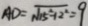
A D = \sqrt { 1 5 ^ { 2 } + 1 2 ^ { 2 } } = 9